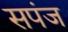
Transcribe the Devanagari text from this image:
सपंज